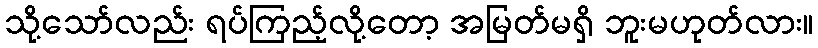
သို့သော်လည်း ရပ်ကြည့်လို့တော့ အမြတ်မရှိ ဘူးမဟုတ်လား။